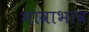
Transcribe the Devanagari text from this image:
भावाभाव